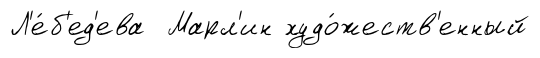
Л'е́б'ед'ева Марл'ин худо́жеств'енный